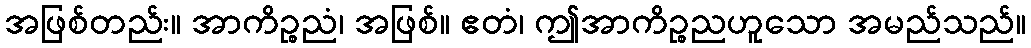
အဖြစ်တည်း။ အာကိဉ္စညံ၊ အဖြစ်။ ဧတံ၊ ဤအာကိဉ္စညဟူသော အမည်သည်။